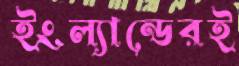
ইংল্যান্ডেরই